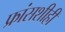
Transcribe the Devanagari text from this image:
फ्रांसशीही